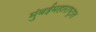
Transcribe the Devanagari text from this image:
मुंबईमहाराष्ट्रात